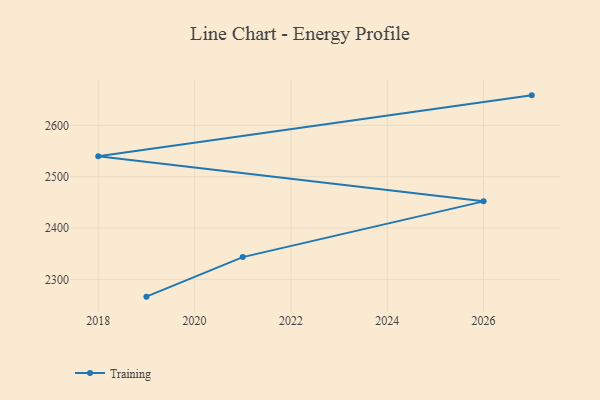
{"axis": {"x": "Year", "y": "Tickets Resolved"}, "legend": ["Training"], "data": [{"x": "2019", "y": 2266.3, "type": "Training"}, {"x": "2021", "y": 2343.4, "type": "Training"}, {"x": "2026", "y": 2452.0, "type": "Training"}, {"x": "2018", "y": 2539.7, "type": "Training"}, {"x": "2027", "y": 2658.6, "type": "Training"}]}